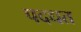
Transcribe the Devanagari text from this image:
पदधत